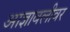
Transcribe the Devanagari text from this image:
आज्ञावलीवर